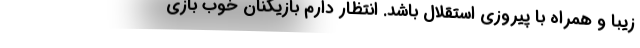
زیبا و همراه با پیروزی استقلال باشد. انتظار دارم بازیکنان خوب بازی